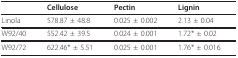
<table><thead><tr><td></td><td><b>Cellulose</b></td><td><b>Pectin</b></td><td><b>Lignin</b></td></tr></thead><tbody><tr><td>Linola</td><td>578.87 ± 48.8</td><td>0.025 ± 0.002</td><td>2.13 ± 0.04</td></tr><tr><td>W92/40</td><td>552.42 ± 39.5</td><td>0.024 ± 0.001</td><td>1.72* ± 0.02</td></tr><tr><td>W92/72</td><td>622.46* ± 5.51</td><td>0.025 ± 0.001</td><td>1.76* ± 0.016</td></tr></tbody></table>